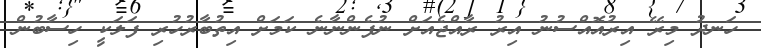
ހަނދު މިރޭ އިރުއޮއްސުނު އިރު ރާއްޖެއަށް ނުފެންނާނެ ކަމަށް އިތުބާރުހުރި ފަލަކީ ހިސާބުން